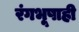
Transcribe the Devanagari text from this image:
रंगभूषाही